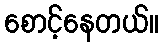
စောင့်နေတယ်။